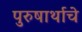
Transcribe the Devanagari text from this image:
पुरुषार्थाचे